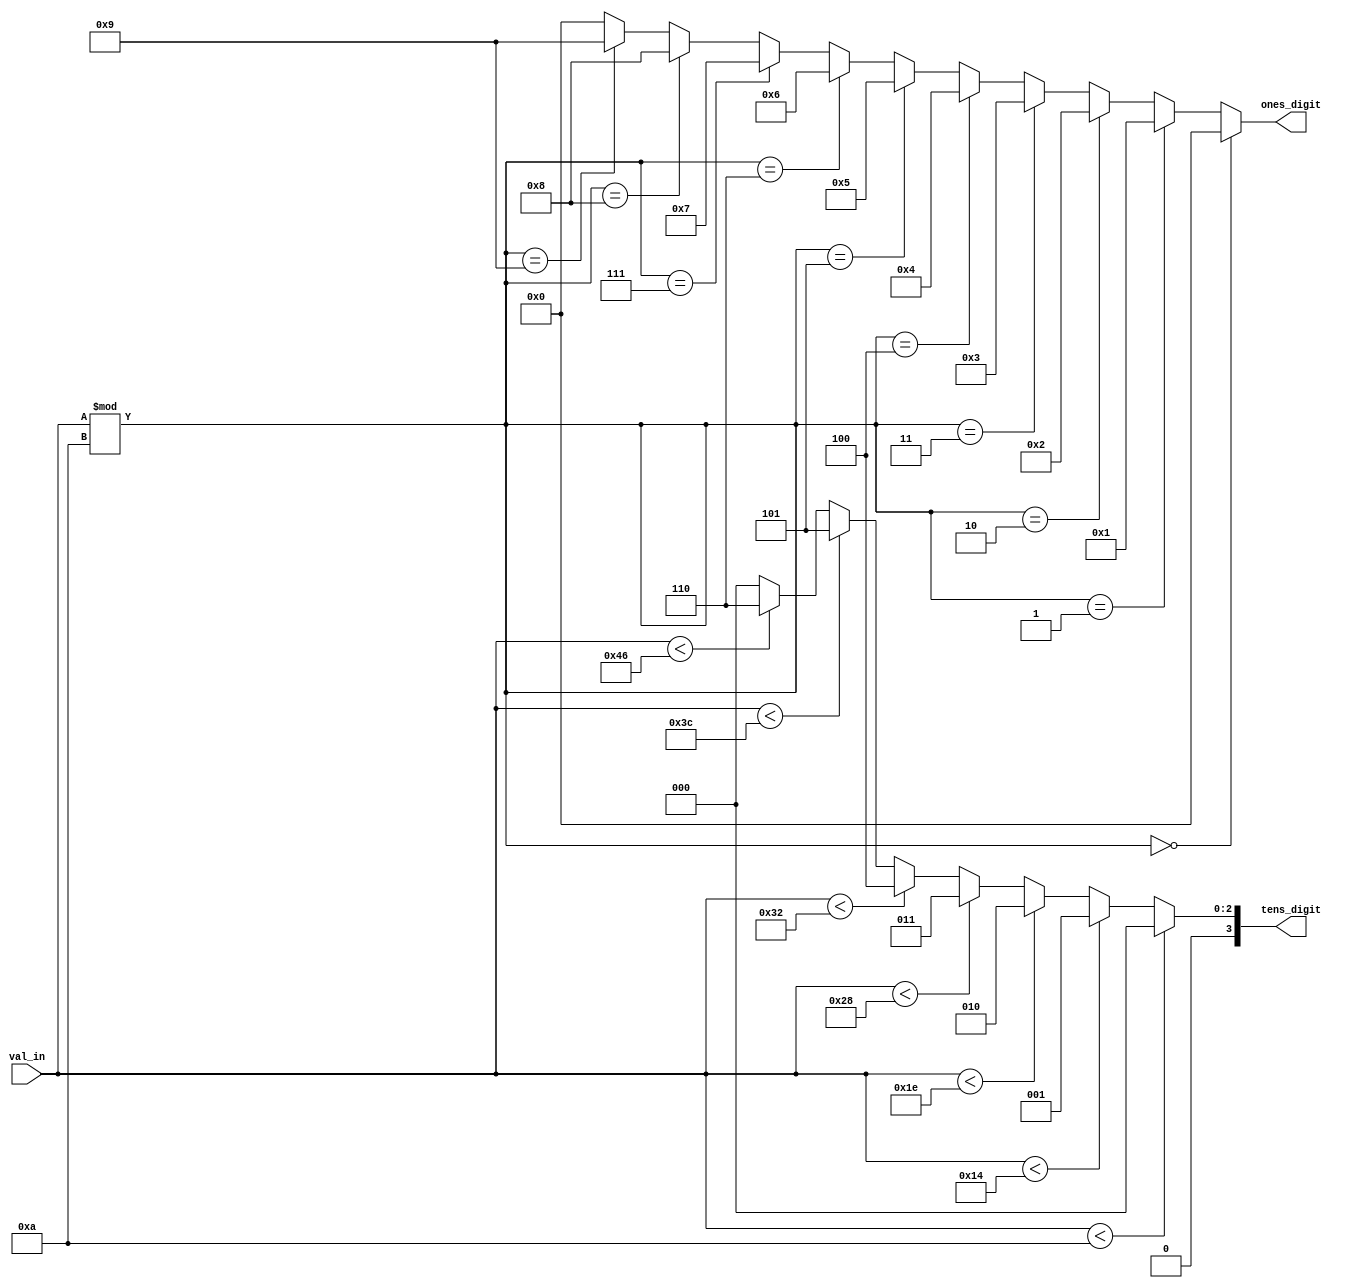
module BCD_encoder_2_digit (val_in, tens_digit, ones_digit);
input [5:0] val_in;
output reg [3:0] tens_digit;
output reg [3:0] ones_digit;
	 
	 
// for the one's position digit
always@(val_in)
begin
  if(val_in%10==0) ones_digit <= 4'b0000;
  else if(val_in%10==1) ones_digit <= 4'b0001;
  else if(val_in%10==2) ones_digit <= 4'b0010;
  else if(val_in%10==3) ones_digit <= 4'b0011;
  else if(val_in%10==4) ones_digit <= 4'b0100;
  else if(val_in%10==5) ones_digit <= 4'b0101;
  else if(val_in%10==6) ones_digit <= 4'b0110;
  else if(val_in%10==7) ones_digit <= 4'b0111;
  else if(val_in%10==8) ones_digit <= 4'b1000;
  else if(val_in%10==9) ones_digit <= 4'b1001;
  else ones_digit <= 4'b0000;
end

// for the ten's position digit
always@(val_in)
begin
  if(val_in<10) tens_digit <= 4'b0000;
  else if(val_in<20) tens_digit <= 4'b0001;
  else if(val_in<30) tens_digit <= 4'b0010;
  else if(val_in<40) tens_digit <= 4'b0011;
  else if(val_in<50) tens_digit <= 4'b0100;
  else if(val_in<60) tens_digit <= 4'b0101;
  else if(val_in<70) tens_digit <= 4'b0110;
  else tens_digit <= 4'b0000;
end	 
    
endmodule